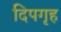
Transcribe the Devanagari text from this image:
दिपगृह